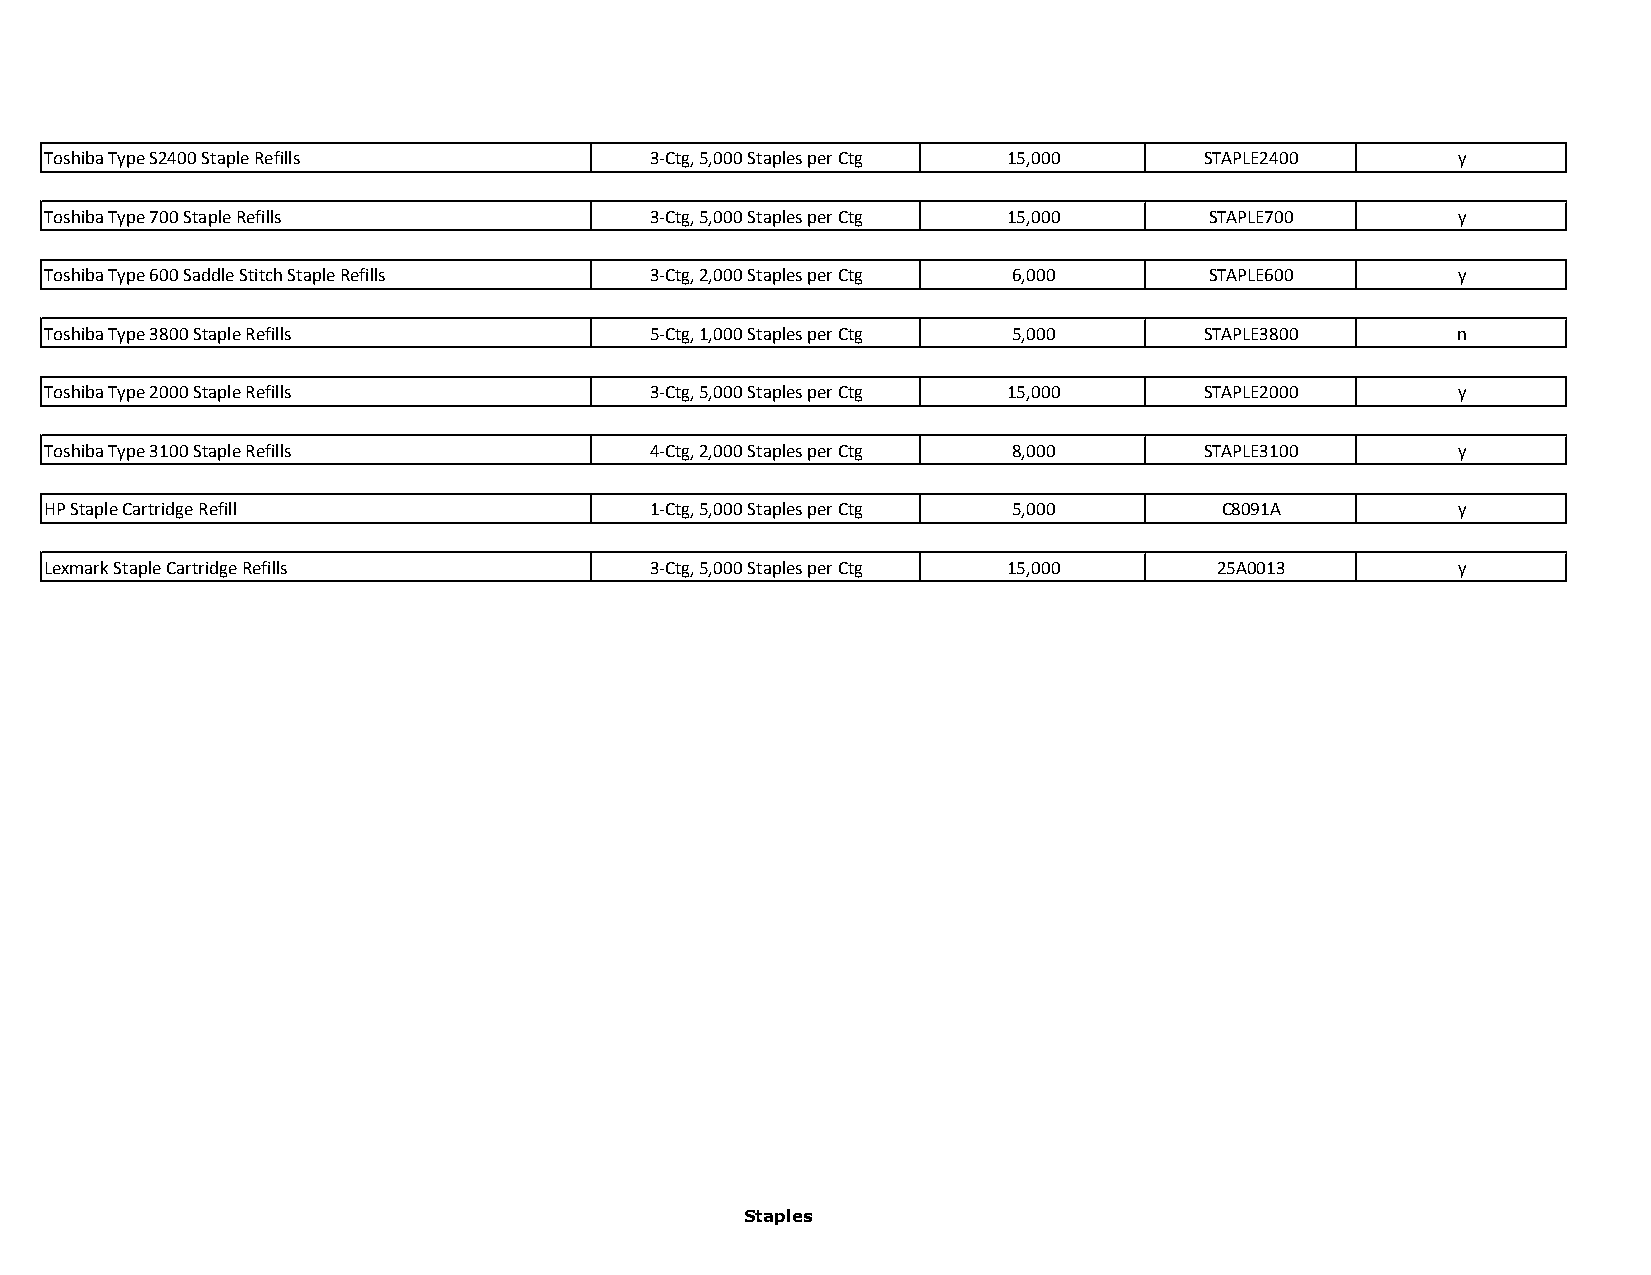
Toshiba Type S2400 Staple Refills       3-Ctg, 5,000 Staples per Ctg 15,000  STAPLE2400      y
 Toshiba Type 700 Staple Refills         3-Ctg, 5,000 Staples per Ctg 15,000  STAPLE700       y
 Toshiba Type 600 Saddle Stitch Staple Refills 3-Ctg, 2,000 Staples per Ctg 6,000 STAPLE600   y
 Toshiba Type 3800 Staple Refills        5-Ctg, 1,000 Staples per Ctg 5,000   STAPLE3800      n
 Toshiba Type 2000 Staple Refills        3-Ctg, 5,000 Staples per Ctg 15,000  STAPLE2000      y
 Toshiba Type 3100 Staple Refills        4-Ctg, 2,000 Staples per Ctg 8,000   STAPLE3100      y
 HP Staple Cartridge Refill              1-Ctg, 5,000 Staples per Ctg 5,000    C8091A         y
 Lexmark Staple Cartridge Refills        3-Ctg, 5,000 Staples per Ctg 15,000   25A0013        y
 Staples